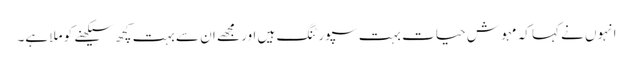
انہوں نے کہا کہ مہوش حیات بہت سپورٹنگ ہیں اور مجھے ان سے بہت کچھ سیکھنے کو ملا ہے۔